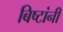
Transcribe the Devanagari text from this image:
बिष्टांनी